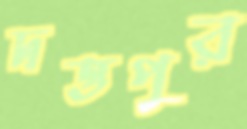
দত্তপুর